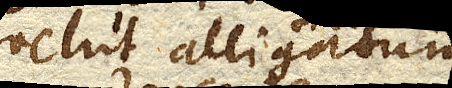
velut alligatum